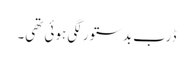
ڈرب بدستور لگی ہوئی تھی۔